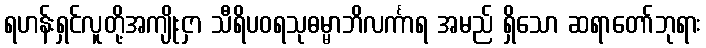
ရဟန်းရှင်လူတို့အကျိုးငှာ သီရိပဝရသုဓမ္မာဘိလင်္ကာရ အမည် ရှိသော ဆရာတော်ဘုရား